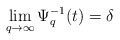
\begin{align*} \displaystyle\lim_{q\rightarrow\infty}\Psi_q^{-1}(t) = \delta\end{align*}